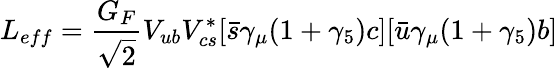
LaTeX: L_{eff}=\frac{G_{F}}{\sqrt{2}}V_{ub}V_{cs}^{*}[\bar{s}\gamma_{\mu}(1+\gamma_{5})c][\bar{u}\gamma_{\mu}(1+\gamma_{5})b]